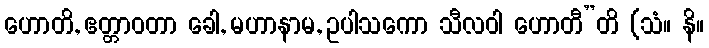
ဟောတိ, ဧတ္တာဝတာ ခေါ, မဟာနာမ, ဥပါသကော သီလဝါ ဟောတီ”တိ (သံ။ နိ။